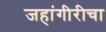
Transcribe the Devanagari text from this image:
जहांगीरीचा